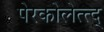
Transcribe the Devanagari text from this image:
पेरकोलेत्त्द्